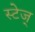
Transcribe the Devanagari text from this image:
स्टेज्